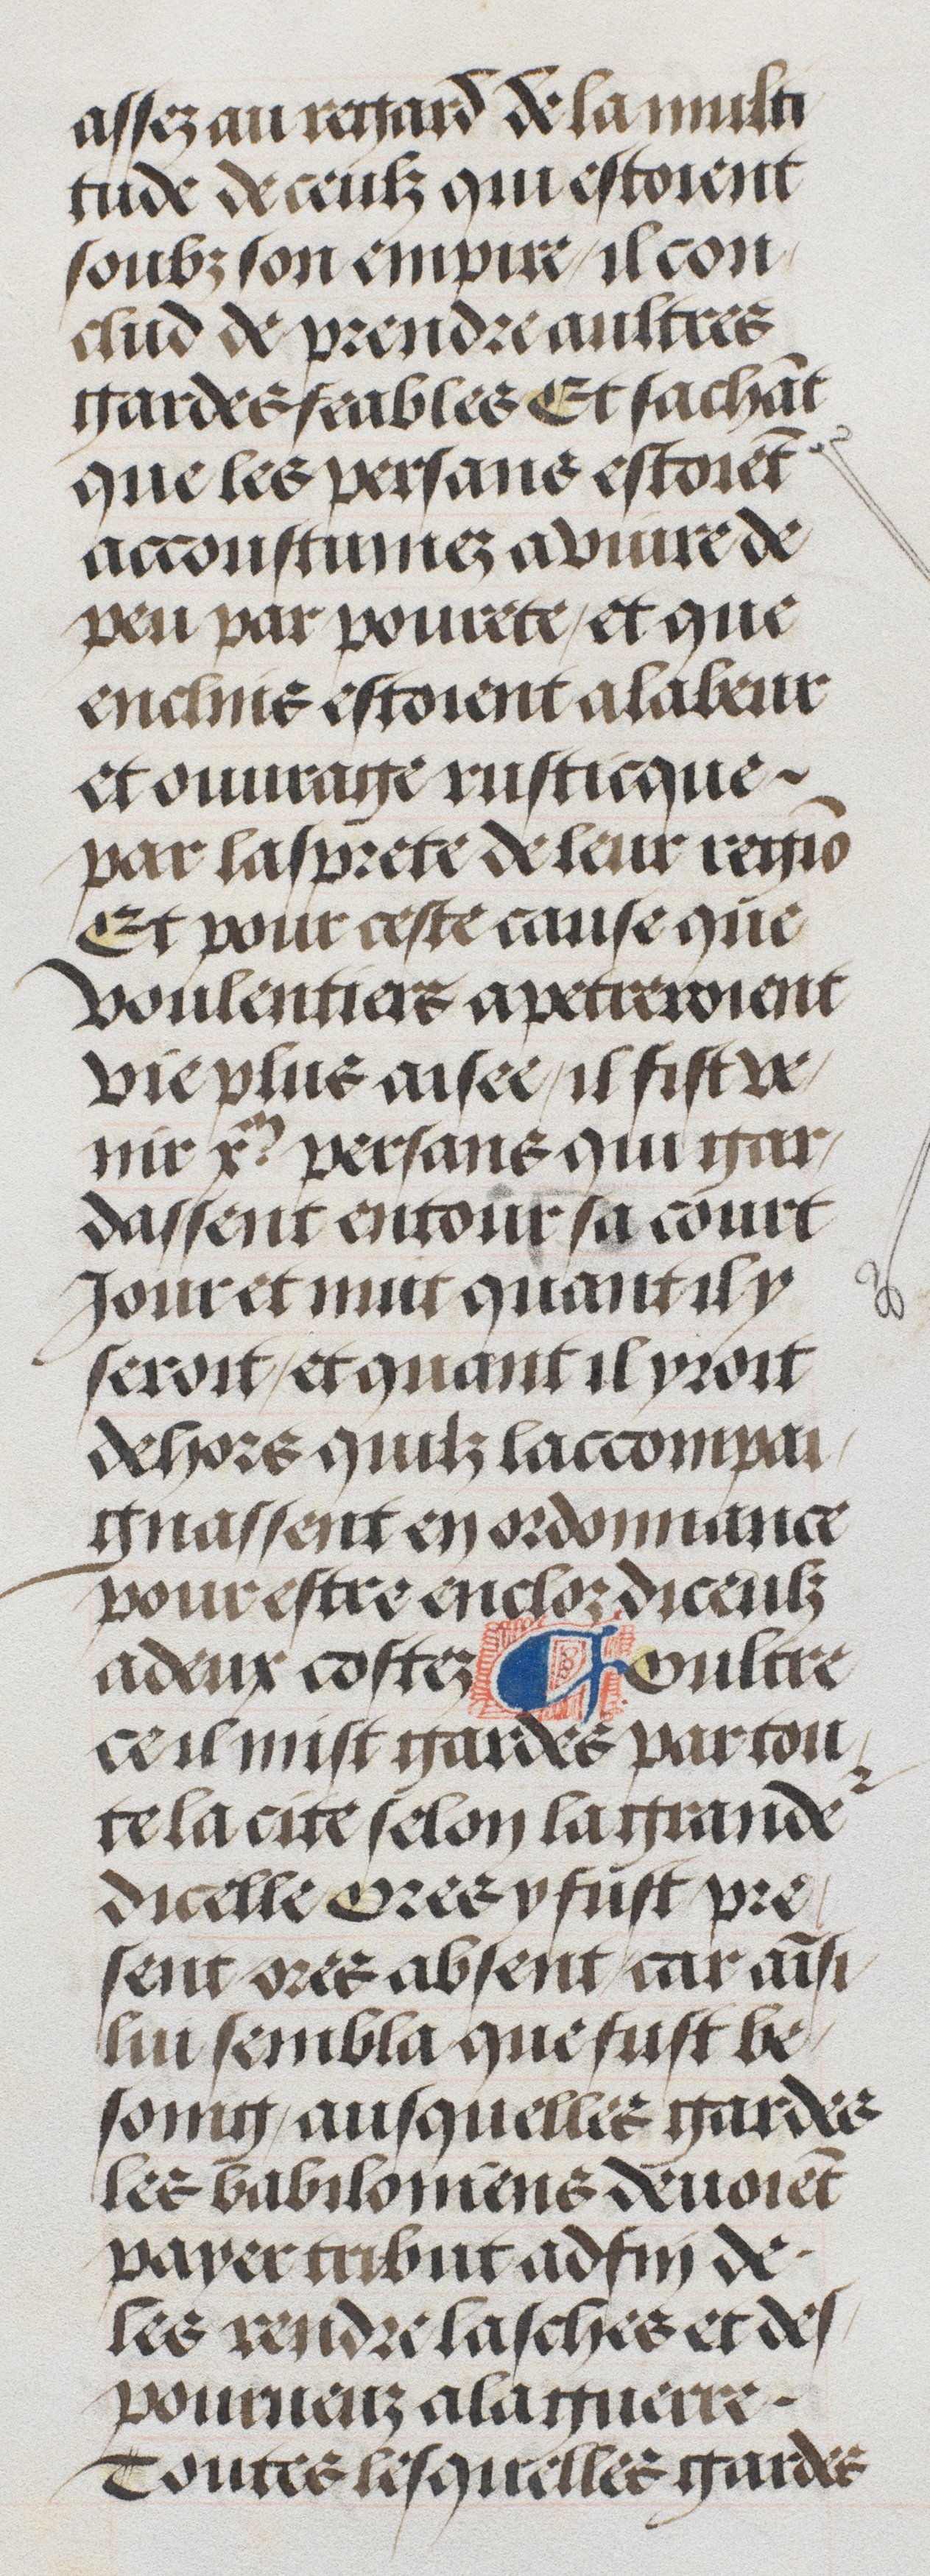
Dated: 1485–1505